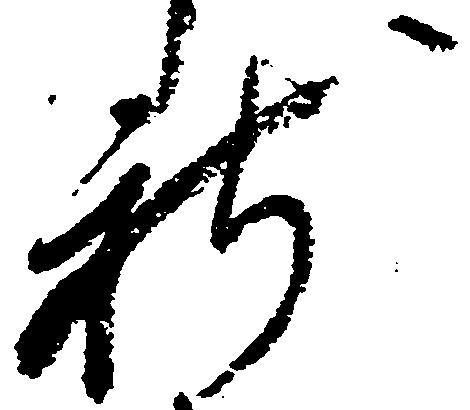
新